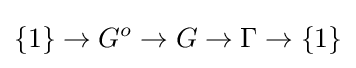
\{1\}\rightarrow G^{o}\rightarrow G\rightarrow \Gamma \rightarrow \{1\}